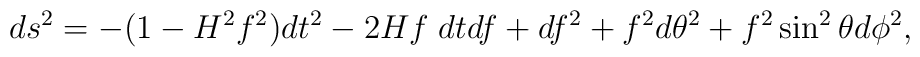
ds^2=-(1-H^2f^2)dt^2-2Hf\;dtdf+df^2+f^2d\theta^2+f^2\sin^2\theta d\phi^2,